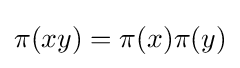
\pi (xy)=\pi (x)\pi (y)